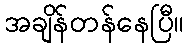
အချိန်တန်နေပြီ။